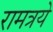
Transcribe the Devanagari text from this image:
रामत्रये